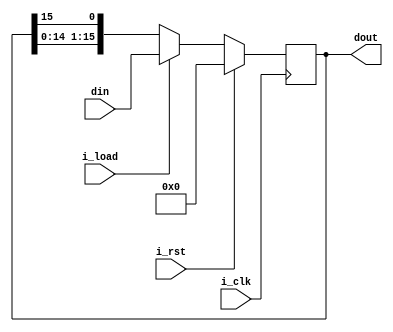
module cycle_left_register16
    #(parameter MSB = 16)(
    input [MSB - 1 : 0] din,
    input i_rst,
    input i_load,
    input i_clk,
    output  [MSB - 1 : 0] dout
);

    reg [MSB - 1 : 0] dout_mid;

    always@(posedge i_clk) begin
        if(i_rst) begin
            dout_mid <= 'd0;
        end
        else if(i_load) begin
            dout_mid <= din;
        end
        else begin
            dout_mid <= {dout_mid[MSB - 2 : 0], dout_mid[MSB - 1]};
        end
        end
    assign dout = dout_mid;


endmodule